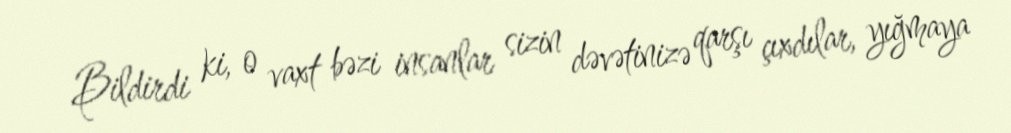
Bildirdi ki, o vaxt bəzi insanlar sizin dəvətinizə qarşı çıxdılar, yığmaya